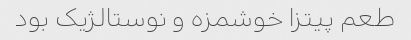
طعم پیتزا خوشمزه و نوستالژیک بود